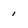
Character: 1